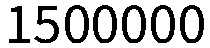
1500000